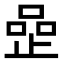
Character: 𠹜